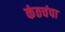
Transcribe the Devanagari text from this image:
कंठचंपा